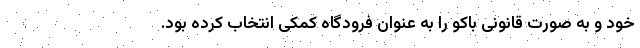
خود و به صورت قانونی باکو را به عنوان فرودگاه کمکی انتخاب کرده بود.